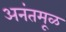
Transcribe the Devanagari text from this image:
अनंतमूळ